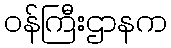
ဝန်ကြီးဌာနက